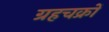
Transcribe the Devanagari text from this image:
ग्रहचक्रों